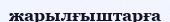
жарылғыштарға